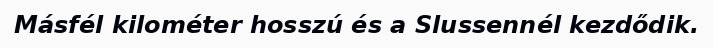
Másfél kilométer hosszú és a Slussennél kezdődik.